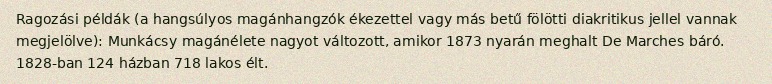
Ragozási példák (a hangsúlyos magánhangzók ékezettel vagy más betű fölötti diakritikus jellel vannak megjelölve): Munkácsy magánélete nagyot változott, amikor 1873 nyarán meghalt De Marches báró. 1828-ban 124 házban 718 lakos élt.